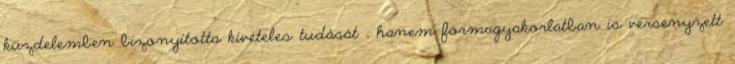
küzdelemben bizonyította kivételes tudását , hanem formagyakorlatban is versenyzett